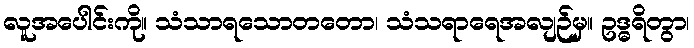
လူအပေါင်းကို။ သံသာရသောတတော၊ သံသရာရေအလျဉ်မှ။ ဥဒ္ဓရိတွာ၊